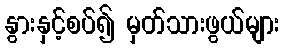
နွားနှင့်စပ်၍ မှတ်သားဖွယ်များ